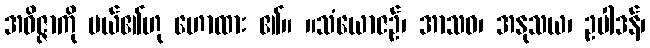
အဝိဇ္ဇာကို ပယ်၏ဟု ဟောထား ၏။ ။သံယောဇဉ်၊ အာသဝ၊ အနုသယ၊ ဥပါဒန်၊